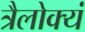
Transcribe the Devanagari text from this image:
त्रैलोक्यं